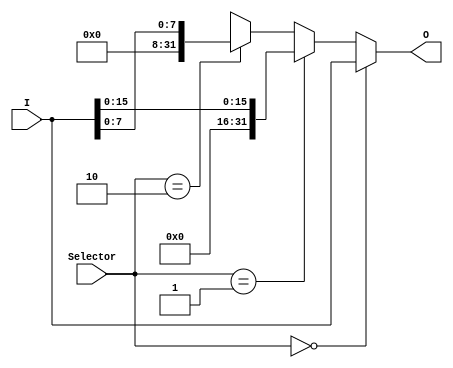
// Pega parte dos dados de Memory Data.

module MD_Control (
    output wire [31:0] O,
    input  wire [31:0] I,
    input  wire [1:0]  Selector
);

    assign O = (Selector == 2'b00) ?                I: // Word
               (Selector == 2'b01) ? {16'd0, I[15:0]}: // Halfword
               (Selector == 2'b10) ?  {24'd0, I[7:0]}: // Byte
                                                32'bx;

endmodule